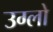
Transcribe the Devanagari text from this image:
उग्लो